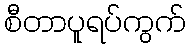
စီတာပူရပ်ကွက်